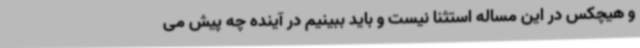
و هیچکس در این مساله استثنا نیست و باید ببینیم در آینده چه پیش می